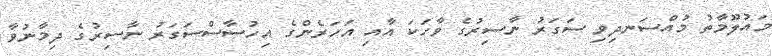
މައުލޫމާތު މުއްސަނދިވި ސަގަރު ނާސިރުގެ ވާހަކަ އާއި އަހަރެންގެ އިހުސާސްސަގަރު ނާސިރުގެ ދިމާނުވާ